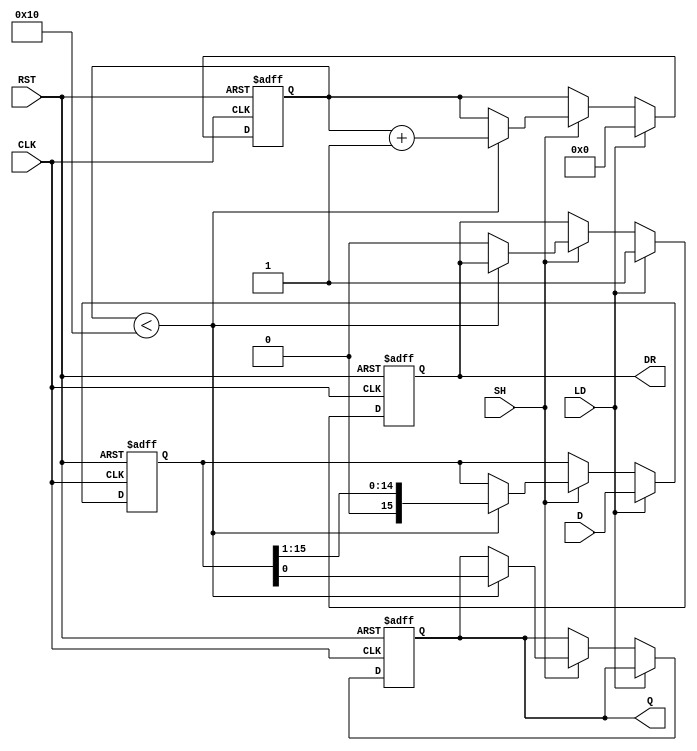
module PISO_Register (
    input wire [15:0] D,      // Parallel Data Input
    input wire LD,            // Load Control Signal
    input wire SH,            // Shift Control Signal
    input wire CLK,           // Clock Signal
    input wire RST,           // Reset Signal
    output reg Q,             // Serial Output
    output reg DR             // Data Ready Output
);

    reg [15:0] shift_reg;     // 16-bit Shift Register
    reg [4:0] shift_count;    // Counter for number of shifts

    // Asynchronous Reset
    always @(posedge CLK or posedge RST) begin
        if (RST) begin
            shift_reg <= 16'b0; // Clear the shift register
            Q <= 1'b0;          // Clear the serial output
            DR <= 1'b0;         // Clear Data Ready
            shift_count <= 5'b0; // Reset shift counter
        end else begin
            if (LD) begin
                shift_reg <= D;  // Load parallel data into shift register
                shift_count <= 5'b0; // Reset shift counter
                DR <= 1'b1;      // Indicate data is ready
            end else if (SH) begin
                if (shift_count < 16) begin
                    Q <= shift_reg[0]; // Output the LSB
                    shift_reg <= shift_reg >> 1; // Shift right
                    shift_count <= shift_count + 1; // Increment shift counter
                end else begin
                    DR <= 1'b0; // Clear Data Ready after all bits shifted out
                end
            end
        end
    end

endmodule